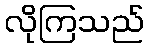
လိုကြသည်